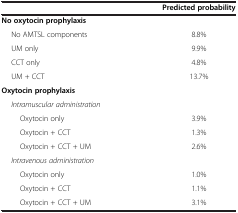
<table><thead><tr><td><b> </b></td><td><b>Predicted probability</b></td></tr></thead><tbody><tr><td><b>No oxytocin prophylaxis</b></td><td> </td></tr><tr><td>No AMTSL components</td><td>8.8%</td></tr><tr><td>UM only</td><td>9.9%</td></tr><tr><td>CCT only</td><td>4.8%</td></tr><tr><td>UM + CCT</td><td>13.7%</td></tr><tr><td><b>Oxytocin prophylaxis</b></td><td> </td></tr><tr><td><i>Intramuscular administration</i></td><td> </td></tr><tr><td>Oxytocin only</td><td>3.9%</td></tr><tr><td>Oxytocin + CCT</td><td>1.3%</td></tr><tr><td>Oxytocin + CCT + UM</td><td>2.6%</td></tr><tr><td><i>Intravenous administration</i></td><td> </td></tr><tr><td>Oxytocin only</td><td>1.0%</td></tr><tr><td>Oxytocin + CCT</td><td>1.1%</td></tr><tr><td>Oxytocin + CCT + UM</td><td>3.1%</td></tr></tbody></table>